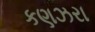
કણઝરા